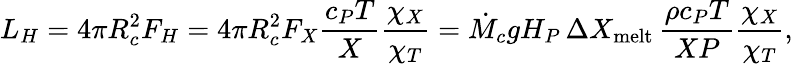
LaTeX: L_{H}=4\pi R_{c}^{2}F_{H}=4\pi R_{c}^{2}F_{X}{\frac{c_{P}T}{X}}{\frac{\chi_{X}}{\chi_{T}}}=\dot{M}_{c}gH_{P}\, \Delta X_{\mathrm{melt}}\, {\frac{\rho c_{P}T}{XP}}{\frac{\chi_{X}}{\chi_{T}}},